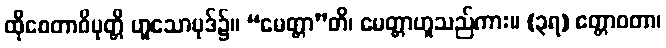
ထိုစေတာဝိမုတ္တိ ဟူသောပုဒ်၌။ “မေတ္တာ”တိ၊ မေတ္တာဟူသည်ကား။ (၃ရ) ဧတ္တာဝတာ၊